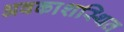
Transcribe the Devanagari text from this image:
अवकाशस्थित